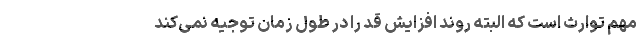
مهم توارث است که البته روند افزایش قد را در طول زمان توجیه نمی‌کند